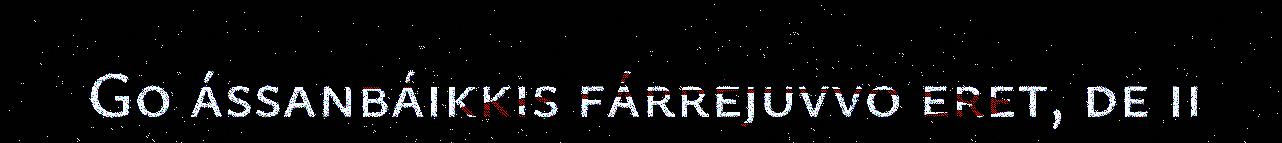
Go ássanbáikkis fárrejuvvo eret, de ii